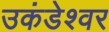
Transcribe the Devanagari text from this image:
उकंडेश्वर